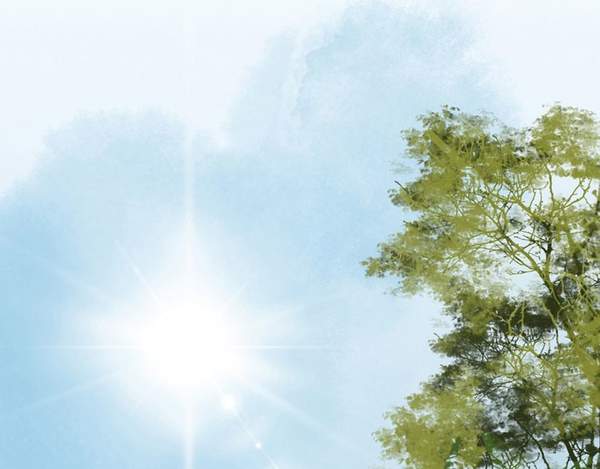
刘郎已恨蓬山远，更隔蓬山一万重！